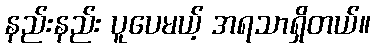
နည်းနည်း ပူပေမယ့် အရသာရှိတယ်။